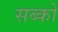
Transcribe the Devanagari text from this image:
सब्को